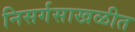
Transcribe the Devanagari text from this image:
निसर्गसाखळीत